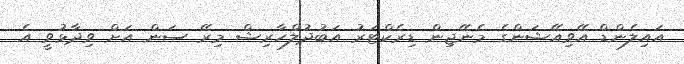
އައިލެންޑް އޭވިއޭޝަންގެ މެނޭޖިން ޑިރެކްޓަރު އަބުދުލްހާރިޝް މިރޭ ސަން އަށް ވިދާޅުވީ އެ